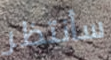
سأنتظر